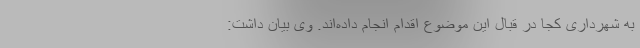
به شهرداری کجا در قبال این موضوع اقدام انجام داده‌اند. وی بیان داشت: